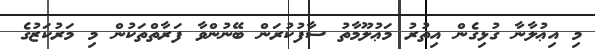
މި އިޢުލާނާ ގުޅިގެން އިތުރު މަޢުލޫމާތު ސާފުކުރަން ބޭނުންވާ ފަރާތްތަކުން މި މަރުކަޒުގެ